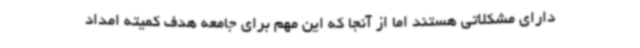
دارای مشکلاتی هستند اما از آنجا که این مهم برای جامعه هدف کمیته امداد